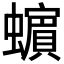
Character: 𧓍